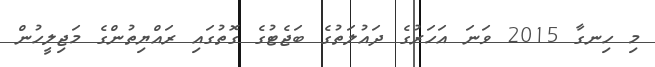
މި ހިނގާ 2015 ވަަނަ އަހަރުގެ ދައުލަތުގެ ބަޖެޓުގެ ގޮތުގައި ރައްޔިތުންގެ މަޖިލީހުން